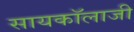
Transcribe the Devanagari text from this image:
सायकॉलाजी